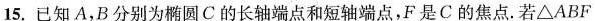
15.已知A，B分别为椭圆C的长轴端点和短轴端点，F是C的焦点。若\triangle ABF